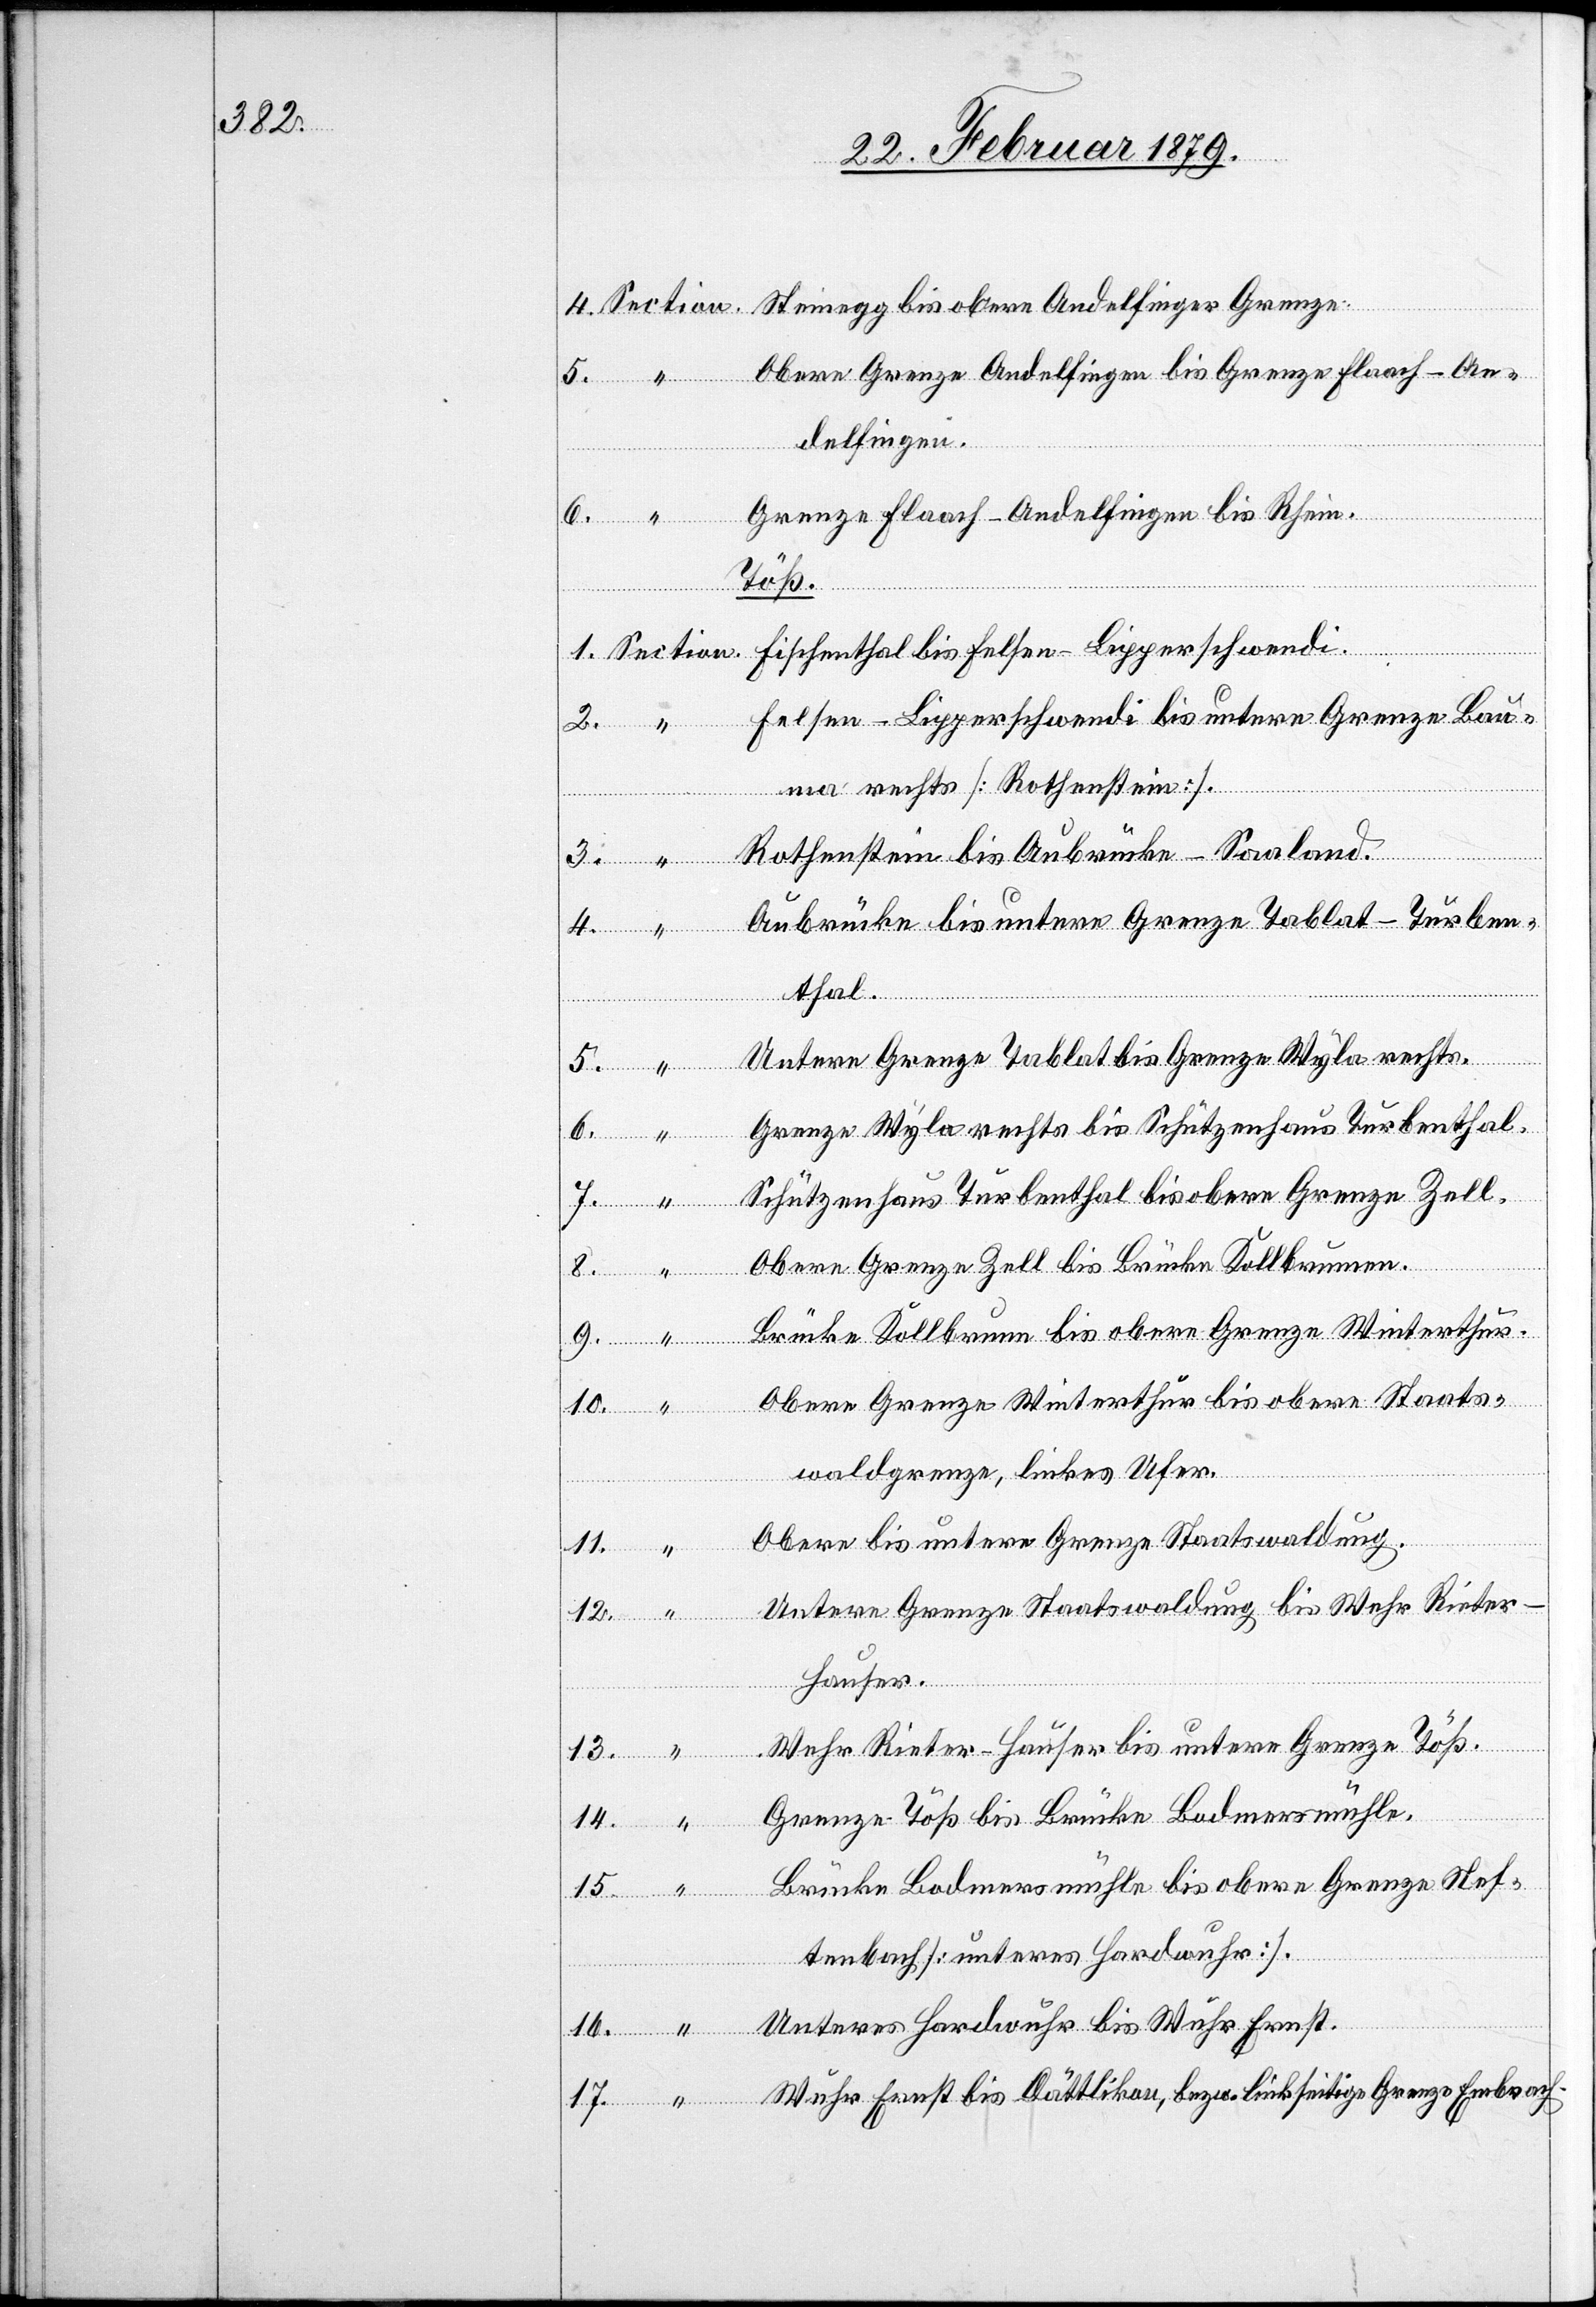
Obere Grenze Andelfingen bis Grenze Flaach-An¬
delfingen.
on.
Grenze Flaach-Andelfingen bis Rhein.
Töß.
wendi.
Felsen - Lipperschwendi bis untere Grenze Bau¬
ma rechts [Rothenstein].
Rothenstein bis Aubrücke - Saaland.
Aubrücke bis untere Grenze Tablat-Turben¬
4.
rsch¬
thal.
Untere Grenze Tablat bis Genze Wyla rechts.
Grenze.
Grenze Wyla rechts bis Schützenhaus Turbenthal.
Schützenhaus Turbenthal bis obere Grenze Zell.
Obere Grenze Zell bis Brücke Kollbrunnen.
9.
Brücke Kollbrunn [sic!] bis obere Grenze Winterthur.
Obere Grenze Winterthur bis obere Staats¬
16.
Lippe¬
waldgrenze, linkes Ufer.
Obere bis untere Grenze Staatswaldung.
12.
Untere Grenze Staatswaldung bis Wehr Rieter-H¬
auser.
8.
Wehr Rieter-Hauser bis untere Grenze Töß.
15.
Grenze Töß bis Brücke Bodmersmühle.
Brücke Bodmersmühle bis obere Grenze Nef¬
tenbach [unteres Hardwuhr].
Unteres Hardwuhr bis Wuhr Ernst.
17.
Wuhr Ernst bis Dättlikon, bezw. linkseitige Grenze Embrach.